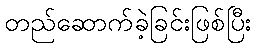
တည်ဆောက်ခဲ့ခြင်းဖြစ်ပြီး